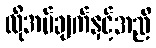
လိုအပ်ချက်နှင့်အညီ